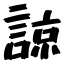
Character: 諒